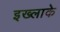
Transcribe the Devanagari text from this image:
इख्लाके